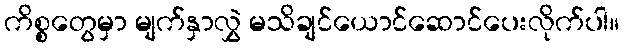
ကိစ္စတွေမှာ မျက်နှာလွှဲ မသိချင်ယောင်ဆောင်ပေးလိုက်ပါ။